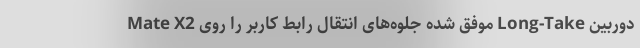
دوربین Long-Take موفق شده جلوه‌های انتقال رابط کاربر را روی Mate X2